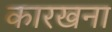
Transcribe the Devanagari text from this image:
कारखना